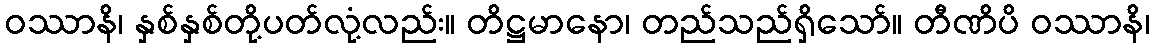
ဝဿာနိ၊ နှစ်နှစ်တို့ပတ်လုံ့လည်း။ တိဋ္ဌမာနော၊ တည်သည်ရှိသော်။ တီဏိပိ ဝဿာနိ၊